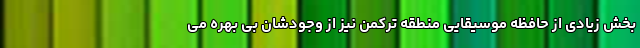
بخش زیادی از حافظه موسیقایی منطقه ترکمن نیز از وجودشان بی بهره می